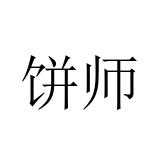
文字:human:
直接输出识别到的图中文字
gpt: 饼师